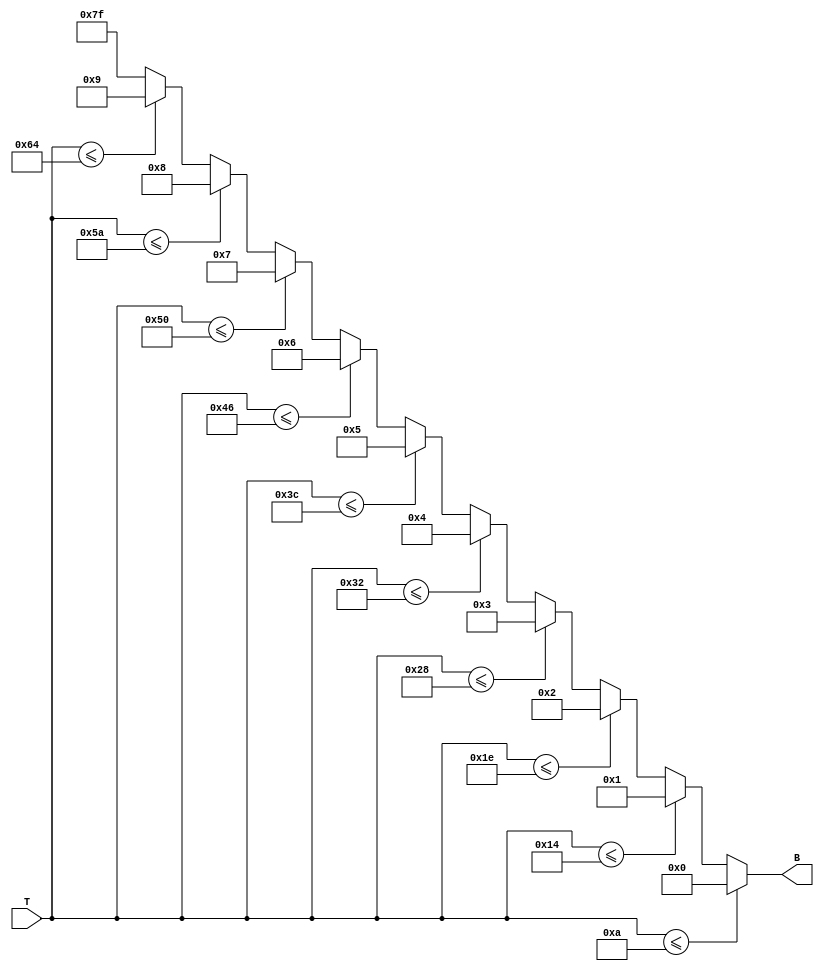
module thermal_encoder (
    input [7:0] T,       // 8-bit input for temperature (0 to 255)
    output reg [6:0] B   // 7-bit encoded output for temperature range
);

always @(*) begin
    // Default case, undefined input region (could be an error code or other handling)
    B = 7'b1111111; // Default output when input is out of range

    // Encoding logic based on temperature ranges
    if (T <= 10) B = 7'b0000000;  // 0C to 10C
    else if (T <= 20) B = 7'b0000001;  // 11C to 20C
    else if (T <= 30) B = 7'b0000010;  // 21C to 30C
    else if (T <= 40) B = 7'b0000011;  // 31C to 40C
    else if (T <= 50) B = 7'b0000100;  // 41C to 50C
    else if (T <= 60) B = 7'b0000101;  // 51C to 60C
    else if (T <= 70) B = 7'b0000110;  // 61C to 70C
    else if (T <= 80) B = 7'b0000111;  // 71C to 80C
    else if (T <= 90) B = 7'b0001000;  // 81C to 90C
    else if (T <= 100) B = 7'b0001001; // 91C to 100C
    // For T > 100, B remains 7'b1111111 (default case)
end

endmodule